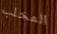
المخلب